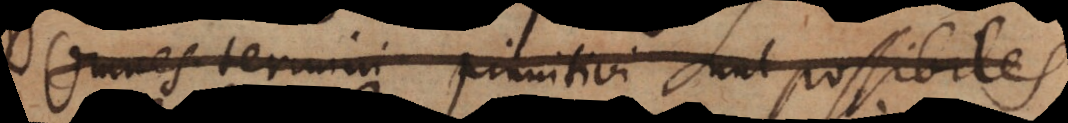
Omnes termini primitivi sunt possibiles